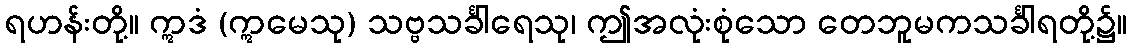
ရဟန်းတို့။ ဣဒံ (ဣမေသု) သဗ္ဗသင်္ခါရေသု၊ ဤအလုံးစုံသော တေဘူမကသင်္ခါရတို့၌။